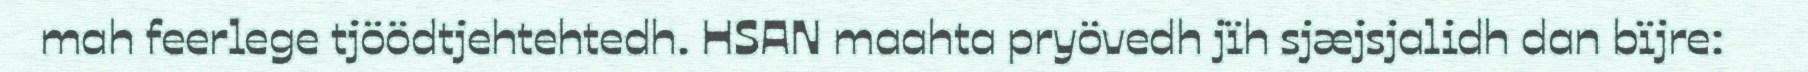
mah feerlege tjöödtjehtehtedh. HSAN maahta pryövedh jïh sjæjsjalidh dan bïjre: